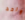
واحد